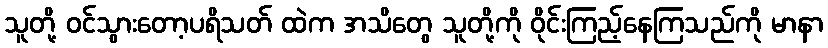
သူတို့ ဝင်သွားတော့ပရိသတ် ထဲက အသိတွေ သူတို့ကို ဝိုင်းကြည့်နေကြသည်ကို မာနာ